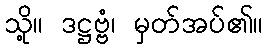
သို့။ ဒဋ္ဌဗ္ဗံ၊ မှတ်အပ်၏။